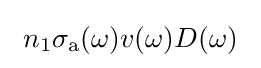
~n_{1}\sigma _{\rm {a}}(\omega )v(\omega )D(\omega )~